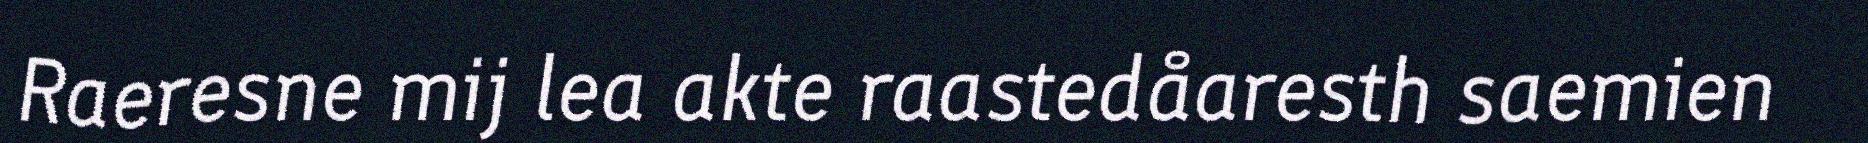
Raeresne mij lea akte raastedåaresth saemien